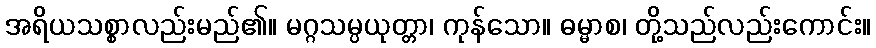
အရိယသစ္စာလည်းမည်၏။ မဂ္ဂသမ္ပယုတ္တာ၊ ကုန်သော။ ဓမ္မာစ၊ တို့သည်လည်းကောင်း။